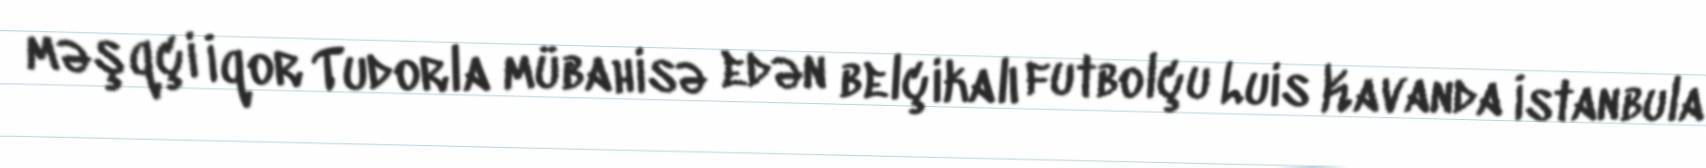
məşqçi İqor Tudorla mübahisə edən belçikalı futbolçu Luis Kavanda İstanbula